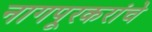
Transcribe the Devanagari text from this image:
नागपूरकरांचे